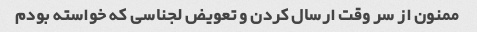
ممنون از سر وقت ارسال کردن و تعویض لجناسی که خواسته بودم